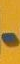
-